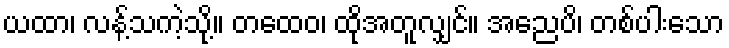
ယထာ၊ လန့်သကဲ့သို့။ တထေဝ၊ ထိုအတူလျှင်။ အညေပိ၊ တစ်ပါးသော